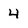
Character: 4